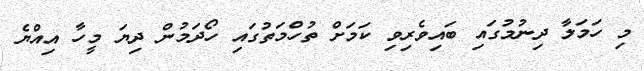
މި ހަމަލާ ދިނުމުގައި ބައިވެރިވި ކަމަށް ތުހްމަތުގައި ހޯދަމުން ދިޔަ މީހާ އިއްޔެ